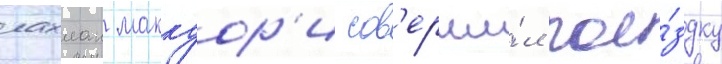
лахлан маккуор'и сов'ерши́л пое́здку